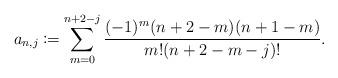
LaTeX: \begin{align*} a_{n,j}\coloneqq\sum_{m=0}^{n+2-j}\frac{(-1)^m(n+2-m)(n+1-m)}{m!(n+2-m-j)!}.\end{align*}